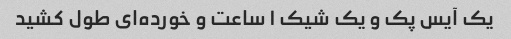
یک آیس پک و یک شیک ١ ساعت و خورده‌ای طول کشید